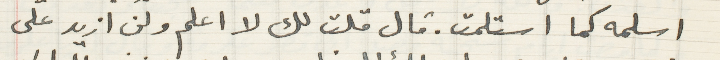
اسلمه كما استلمت. قال قلت لك لا اعلم ولن ازيد على